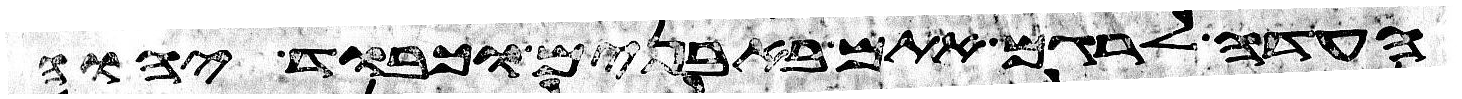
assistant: העדה לרגם אתם באבנים וכבוד יהוה